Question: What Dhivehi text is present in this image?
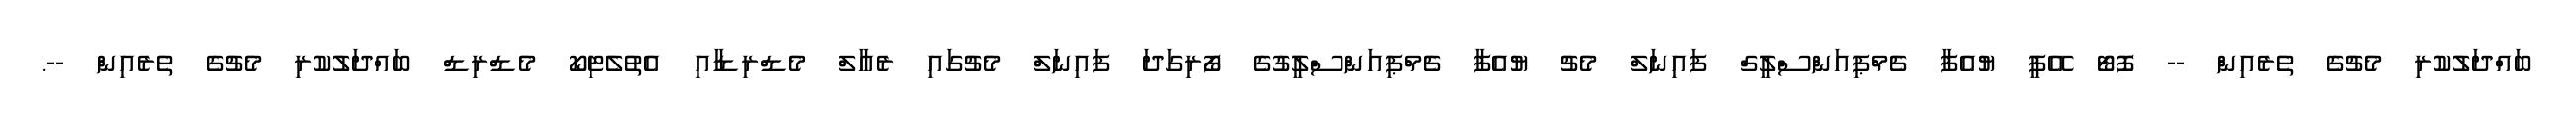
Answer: ބައްދަލުކުރި މެޗުގެ ތެރެއިން -- ފޮޓޯ އޭޕީ ޔުއެފާ ޗެމްޕިއަންސްލީގް ފައިނަލް މެޗު ޔުއެފާ ޗެމްޕިއަންސްލީގުގެ ފޯރިގަދަ ފައިނަލް މެޗުގައި ރެއާލް މެޑްރިޑާއި އެތުލެޓިކޯ މެޑްރިޑް ބައްދަލުކުރި މެޗުގެ ތެރެއިން --.